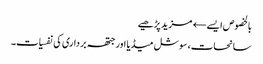
بالخصوص ایسے← مزید پڑھیے
سانحات، سوشل میڈیا اور جتھہ برداری کی نفسیات۔